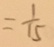
= \frac { 1 } { 1 5 }